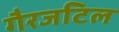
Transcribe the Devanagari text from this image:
गैरजटिल